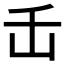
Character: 𬼈